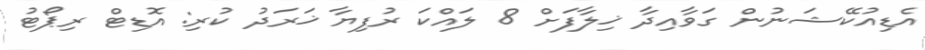
އެޑިއުކޭޝަނުން ގަވާއިދާ ޚިލާފަށް 8 ލައްކަ ރުފިޔާ ޚަރަދު ކުރި: އޮޑިޓް ރިޕޯޓު